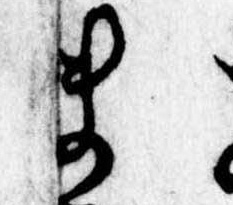
ま